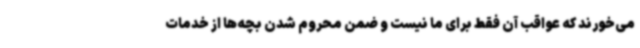
می‌خورند که عواقب آن فقط برای ما نیست و ضمن محروم شدن بچه‌ها از خدمات